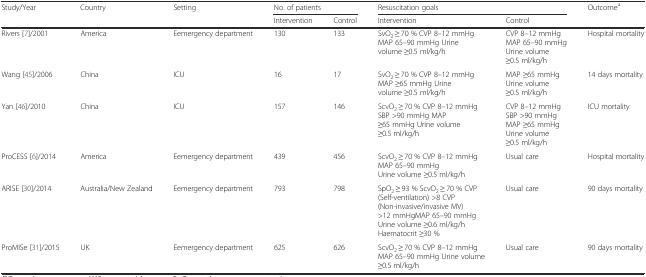
<table><thead><tr><td rowspan="2"><b>Study/Year</b></td><td rowspan="2"><b>Country</b></td><td rowspan="2"><b>Setting</b></td><td colspan="2"><b>No. of patients</b></td><td colspan="2"><b>Resuscitation goals</b></td><td rowspan="2"><b>Outcome<sup>a</sup></b></td></tr><tr><td><b>Intervention</b></td><td><b>Control</b></td><td><b>Intervention</b></td><td><b>Control</b></td></tr></thead><tbody><tr><td>Rivers [7]/2001</td><td>America</td><td>Eemergency department</td><td>130</td><td>133</td><td>SvO<sub>2</sub> ≥ 70 % CVP 8–12 mmHg MAP 65–90 mmHg Urine volume ≥0.5 ml/kg/h</td><td>CVP 8–12 mmHgMAP 65–90 mmHgUrine volume ≥0.5 ml/kg/h</td><td>Hospital mortality</td></tr><tr><td>Wang [45]/2006</td><td>China</td><td>ICU</td><td>16</td><td>17</td><td>SvO<sub>2</sub> ≥ 70 % CVP 8–12 mmHg MAP ≥65 mmHg Urine volume ≥0.5 ml/kg/h</td><td>MAP ≥65 mmHg Urine volume ≥0.5 ml/kg/h</td><td>14 days mortality</td></tr><tr><td>Yan [46]/2010</td><td>China</td><td>ICU</td><td>157</td><td>146</td><td>ScvO<sub>2</sub> ≥ 70 % CVP 8–12 mmHg SBP &gt;90 mmHg MAP ≥65 mmHg Urine volume ≥0.5 ml/kg/h</td><td>CVP 8–12 mmHgSBP &gt;90 mmHgMAP ≥65 mmHg Urine volume ≥0.5 ml/kg/h</td><td>ICU mortality</td></tr><tr><td>ProCESS [6]/2014</td><td>America</td><td>Eemergency department</td><td>439</td><td>456</td><td>ScvO<sub>2</sub> ≥ 70 % CVP 8–12 mmHg MAP 65–90 mmHg Urine volume ≥0.5 ml/kg/h</td><td>Usual care</td><td>Hospital mortality</td></tr><tr><td>ARISE [30]/2014</td><td>Australia/New Zealand</td><td>Eemergency department</td><td>793</td><td>798</td><td>SpO<sub>2</sub> ≥ 93 % ScvO<sub>2</sub> ≥ 70 % CVP (Self-ventilation) &gt;8 CVP (Non-invasive/invasive MV) &gt;12 mmHgMAP 65–90 mmHg Urine volume ≥0.6 ml/kg/h Haematocrit ≥30 %</td><td>Usual care</td><td>90 days mortality</td></tr><tr><td>ProMISe [31]/2015</td><td>UK</td><td>Eemergency department</td><td>625</td><td>626</td><td>ScvO<sub>2</sub> ≥ 70 % CVP 8–12 mmHg MAP 65–90 mmHg Urine volume ≥0.5 ml/kg/h</td><td>Usual care</td><td>90 days mortality</td></tr></tbody></table>